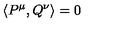
\left\langle P ^ { \mu } , Q ^ { \nu } \right\rangle = 0